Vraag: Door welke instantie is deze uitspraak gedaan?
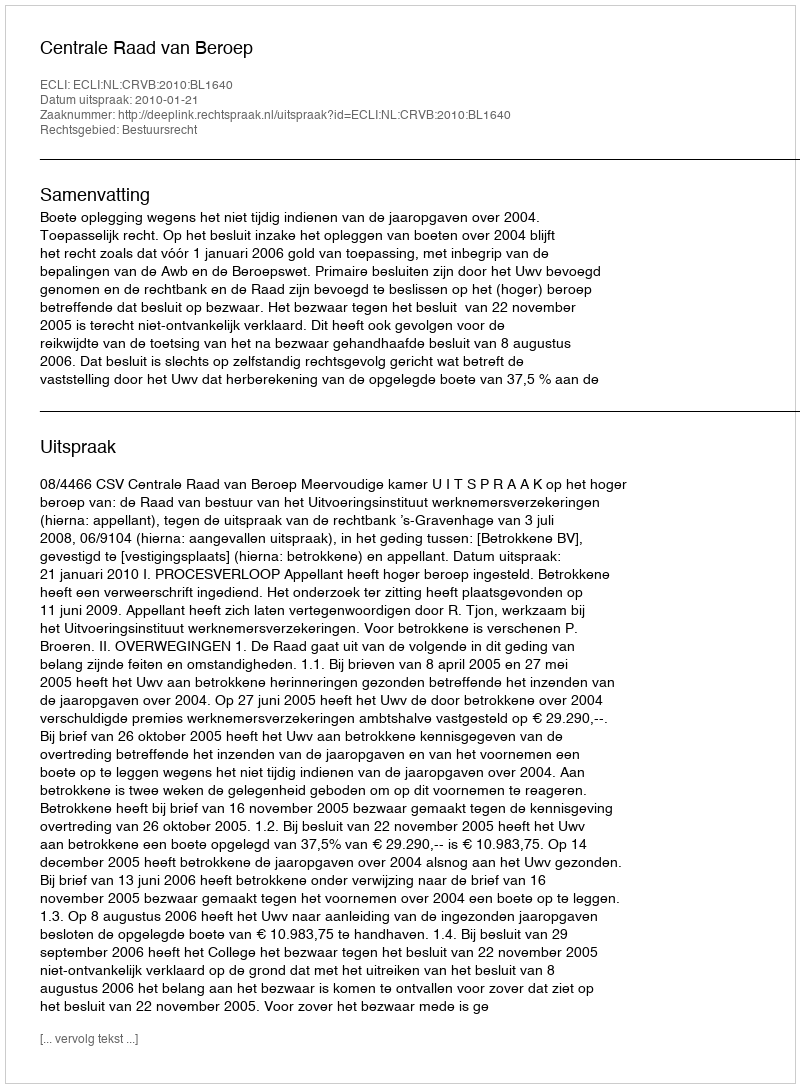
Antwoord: Centrale Raad van Beroep